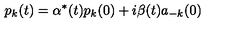
p _ { k } ( t ) = \alpha ^ { * } ( t ) p _ { k } ( 0 ) + i \beta ( t ) a _ { - k } ( 0 )